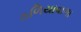
ઠળિયાવાળા